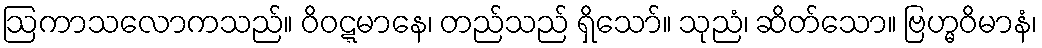
ဩကာသလောကသည်။ ဝိဝဋ္ဋမာနေ၊ တည်သည် ရှိသော်။ သုညံ၊ ဆိတ်သော။ ဗြဟ္မဝိမာနံ၊